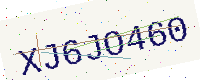
Text: XJ6JO460